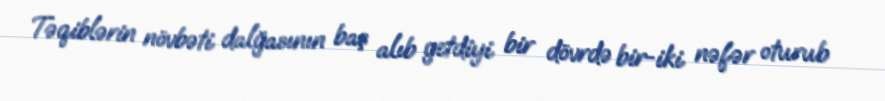
Təqiblərin növbəti dalğasının baş alıb getdiyi bir dövrdə bir-iki nəfər oturub